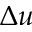
\Delta u